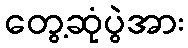
တွေ့ဆုံပွဲအား